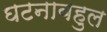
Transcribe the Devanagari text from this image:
घटनाबहुल